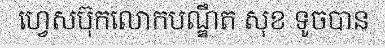
ហ្វេសប៊ុកលោកបណ្ឌឹត សុខ ទូចបាន